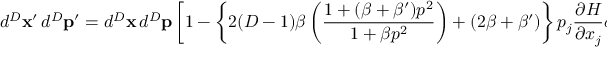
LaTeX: d ^ { D } \mathbf { x } ^ { \prime } \, d ^ { D } \mathbf { p } ^ { \prime } = d ^ { D } \mathbf { x } \, d ^ { D } \mathbf { p } \left[ 1 - \left\{ 2 ( D - 1 ) \beta \left( \frac { 1 + ( \beta + \beta ^ { \prime } ) p ^ { 2 } } { 1 + \beta p ^ { 2 } } \right) + ( 2 \beta + \beta ^ { \prime } ) \right\} p _ { j } \frac { \partial H } { \partial x _ { j } } \delta t \right] \; .